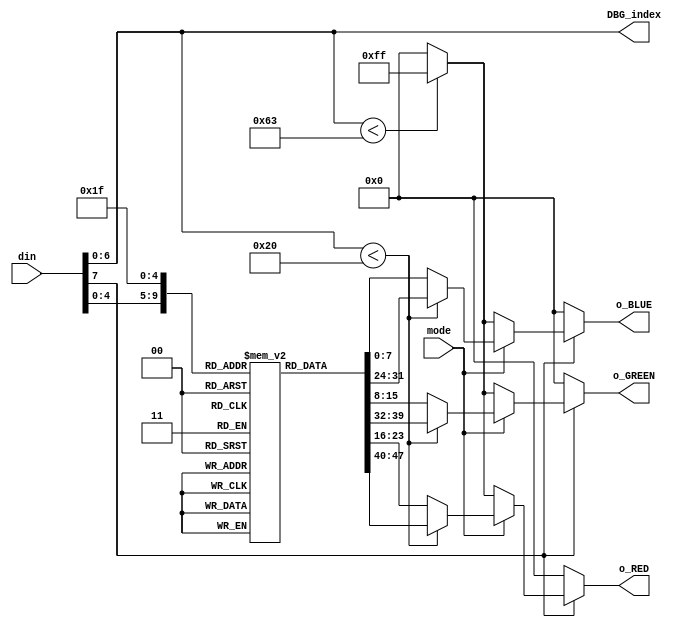
`timescale 1ns / 1ps

/* Note
** mode   0: B&W   mode
**        1: Color mode
*/

module palette(
    input wire [7:0] din,
    input wire mode,

    // DEBUG
    output wire [6:0] DBG_index,

    output wire [7:0] o_RED,
    output wire [7:0] o_GREEN,
    output wire [7:0] o_BLUE
    );

    reg [23:0] palette_rom [31:0];

	wire [6:0] rom_idx;
    reg [7:0] r_RED, r_GREEN, r_BLUE;

    initial begin                       // ROM initialize
        palette_rom[0] <= 24'h000000;
        palette_rom[1] <= 24'h000008;
        palette_rom[2] <= 24'h000010;
        palette_rom[3] <= 24'h04001F;
        palette_rom[4] <= 24'h09012F;
        palette_rom[5] <= 24'h06023C;
        palette_rom[6] <= 24'h040449;
        palette_rom[7] <= 24'h020556;
        palette_rom[8] <= 24'h000764;
        palette_rom[9] <= 24'h061977;
        palette_rom[10] <= 24'h0C2C8A;
        palette_rom[11] <= 24'h123F9D;
        palette_rom[12] <= 24'h1852B1;
        palette_rom[13] <= 24'h2867C1;
        palette_rom[14] <= 24'h397DD1;
        palette_rom[15] <= 24'h5F99DB;
        palette_rom[16] <= 24'h86B5E5;
        palette_rom[17] <= 24'hACD0EE;
        palette_rom[18] <= 24'hD3ECF8;
        palette_rom[19] <= 24'hE2EADB;
        palette_rom[20] <= 24'hF1E9BF;
        palette_rom[21] <= 24'hF4D98F;
        palette_rom[22] <= 24'hF8C95F;
        palette_rom[23] <= 24'hFBB92F;
        palette_rom[24] <= 24'hFFAA00;
        palette_rom[25] <= 24'hFFAA00;
        palette_rom[26] <= 24'hCC8000;
        palette_rom[27] <= 24'hB26B00;
        palette_rom[28] <= 24'h995700;
        palette_rom[29] <= 24'h824601;
        palette_rom[30] <= 24'h6A3403;
        palette_rom[31] <= 24'h522205;
    end

	assign rom_idx = din[6:0];

	// mode
    always @(*) begin
        if (mode == 0)  begin   // Black & White Mode
                if (rom_idx < 99) begin   // not in MBT set -> White
                    r_RED <= 8'hFF;
                    r_GREEN <= 8'hFF;
                    r_BLUE <= 8'hFF;
                end
                else begin              // in MBT set -> Black
                    r_RED <= 8'h00;
                    r_GREEN <= 8'h00;
                    r_BLUE <= 8'h00;
                end
        end
        else begin              // Color Mode
                if (rom_idx < 32) begin
                    r_RED <= palette_rom[rom_idx[4:0]][23:16];
                    r_GREEN <= palette_rom[rom_idx[4:0]][15:8];
                    r_BLUE <= palette_rom[rom_idx[4:0]][7:0];
                end
                else begin
                    r_RED <= palette_rom[31][23:16];
                    r_GREEN <= palette_rom[31][15:8];
                    r_BLUE <= palette_rom[31][7:0];
                end
        end
    end

	// only when it is valid data
    assign o_RED = din[7] ? r_RED : 8'h00;
    assign o_GREEN = din[7] ? r_GREEN: 8'h00;
    assign o_BLUE = din[7] ? r_BLUE : 8'h00;

	//DBG
	assign DBG_index = rom_idx;

endmodule